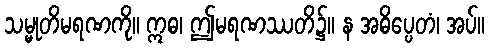
သမ္မုတိမရဏကို။ ဣဓ၊ ဤမရဏဿတိ၌။ န အဓိပ္ပေတံ၊ အပ်။